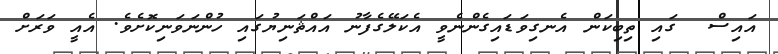
އައިސް  ގައި ތިބިކަން އެނގިވަޑައިގެންނެވީ އެކަލޭގެފާނު އައްޘަނިޔުގައި ހުންނަވަނިކޮށެވެ. އެއީ ވަރަށް